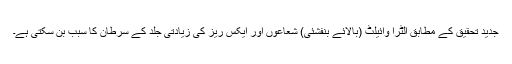
جدید تحقیق کے مطابق الٹرا وائیلٹ (بالائے بنفشئی) شعاعوں اور ایکس ریز کی زیادتی جلد کے سرطان کا سبب بن سکتی ہے۔